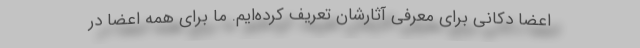
اعضا دکانی برای معرفی آثارشان تعریف کرده‌ایم. ما برای همه اعضا در